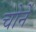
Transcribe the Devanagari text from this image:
चोर्ने